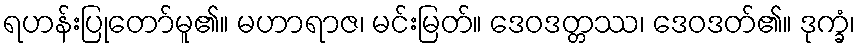
ရဟန်းပြုတော်မူ၏။ မဟာရာဇ၊ မင်းမြတ်။ ဒေဝဒတ္တဿ၊ ဒေဝဒတ်၏။ ဒုက္ခံ၊